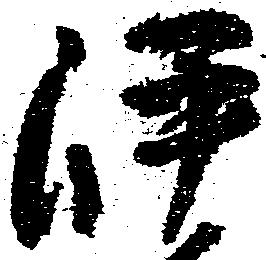
岼